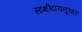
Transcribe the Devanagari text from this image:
साक्षीदारानुसार